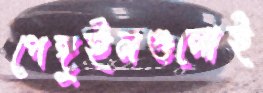
পেঙ্গুইনগুলোই